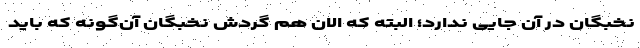
نخبگان در آن جایی ندارد؛ البته که الان هم گردش نخبگان آن‌گونه که باید